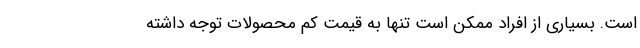
است. بسیاری از افراد ممکن است تنها به قیمت کم محصولات توجه داشته